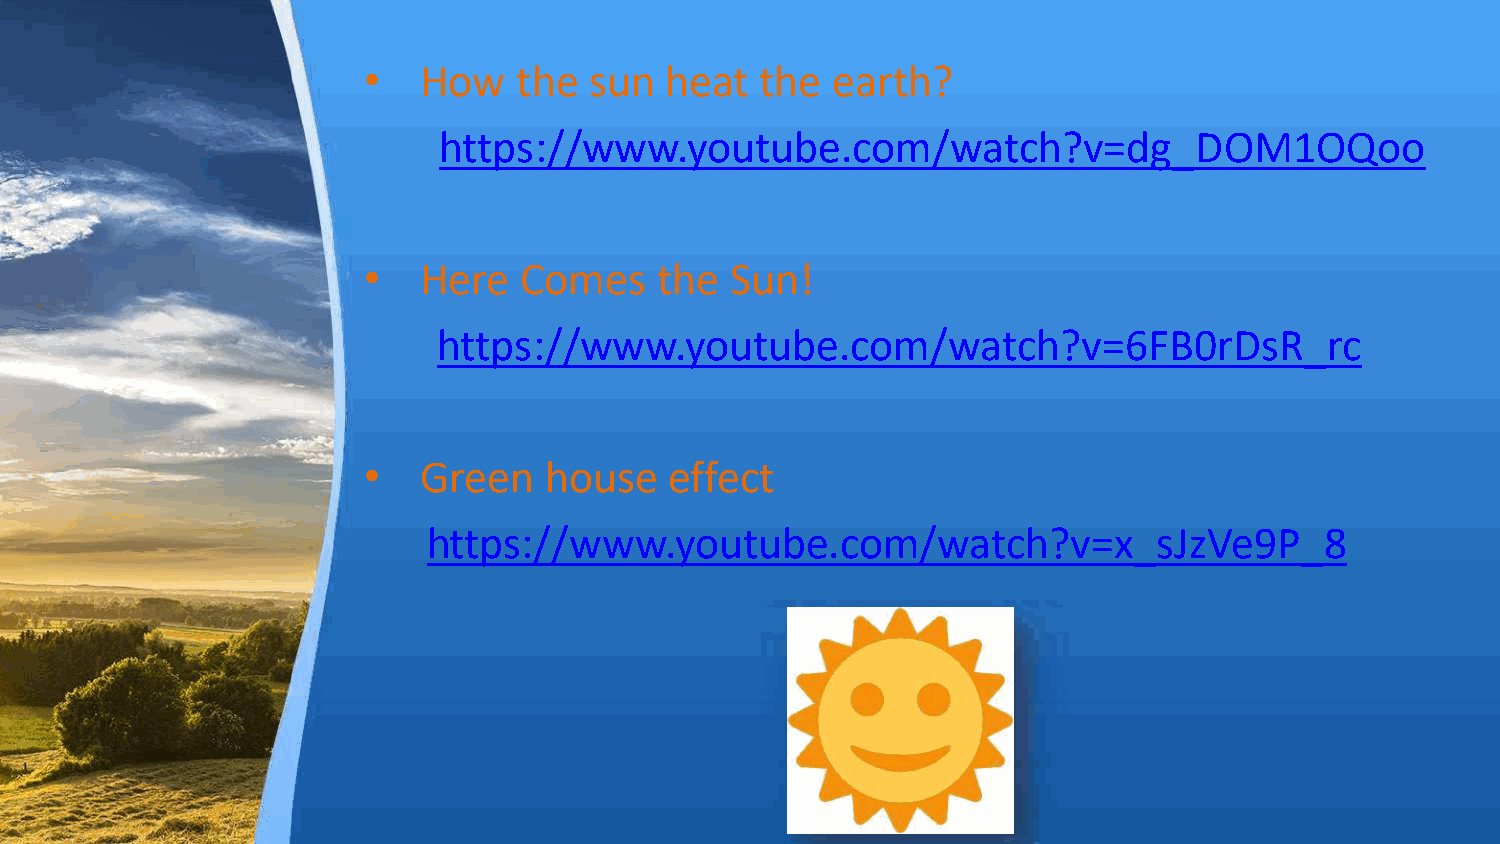
•   How   the  sun  heat  the  earth?
 https://www.youtube.com/watch?v=dg_DOM1OQoo
 •   Here  Comes     the Sun!
 https://www.youtube.com/watch?v=6FB0rDsR_rc
 •   Green   house   effect
 https://www.youtube.com/watch?v=x_sJzVe9P_8